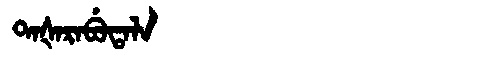
Manchu: ᡨᠠᡧᠠᡵᠠᠪᡠᡨᠠᠯᠠ
Romanization: TAŠARABUTALA